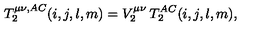
T _ { 2 } ^ { \mu \nu , A C } ( i , j , l , m ) = V _ { 2 } ^ { \mu \nu } \: T _ { 2 } ^ { A C } ( i , j , l , m ) ,